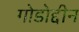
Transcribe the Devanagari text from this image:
गोडोद्दीन